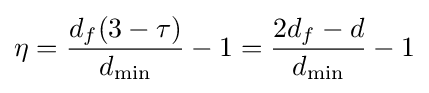
\eta ={\frac {d_{f}(3-\tau )}{d_{\mathrm {min} }}}-1={\frac {2d_{f}-d}{d_{\mathrm {min} }}}-1